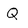
Character: Q